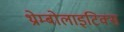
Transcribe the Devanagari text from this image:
थ्रोम्बोलाइटिक्स